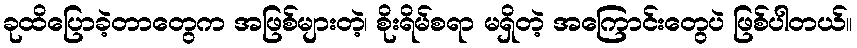
ခုထိပြောခဲ့တာတွေက အဖြစ်များတဲ့၊ စိုးရိမ်စရာ မရှိတဲ့ အကြောင်းတွေပဲ ဖြစ်ပါတယ်။